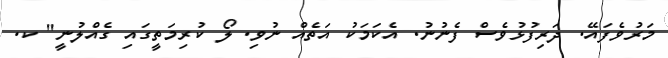
މަރުވެފައޭ. ދަރިފުޅުވެސް ފެނުނު. އެކަމަކު އަތެއް ނުވި. ލޯ ކުރިމަތީގައި ގެއްލުނީ" ކ.